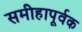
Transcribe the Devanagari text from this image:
समीहापूर्वक